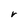
Character: V